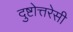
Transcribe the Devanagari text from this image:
दुष्टोत्तरेसी